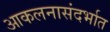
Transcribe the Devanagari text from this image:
आकलनासंदर्भात